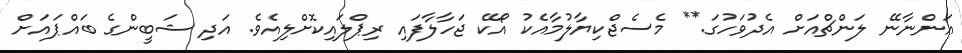
އަންނާނޭ ލަންޗްއަށް އެދުވަހުގަ.** މެސެޖްކިޔާލުމާއެކު އޯކޭ ޖަހާލާފައި ރިޕްލައިކޮށްލިއެވެ. އަދި ޝަބީންގެ ބައްޕައަށް